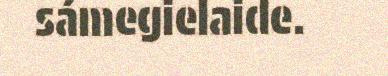
sámegielaide.